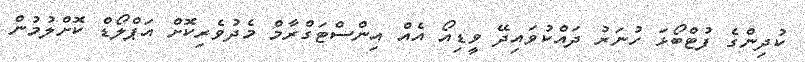
ކުދިންގެ ފުޓްބޯޅަ ހުނަރު ދައްކުވައިދޭ ވީޑިއޯ އެއް އިންސްޓަގްރާމް މެދުވެރިކޮށް އަޕްލޯޑް ކޮށްލުމުން